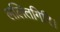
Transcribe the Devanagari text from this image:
ललितगिरि।